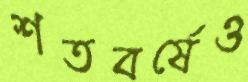
শতবর্ষেও